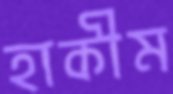
হাকীম